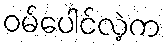
ဝမ်ပေါင်လဲ့က